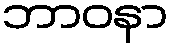
ဘာဝနာ